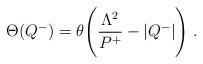
LaTeX: \begin{align*}\Theta(Q^-)=\theta\Biggl({\Lambda^2 \over P^+}-|Q^-| \Biggr) \;.\end{align*}